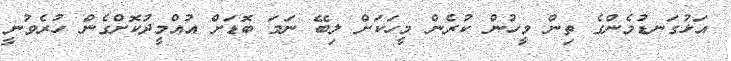
އަޅުގަނޑުމެންގެ ތިން މީހުން ކުރެން މީހަކަށް ލިބޭ ނަމަ ބޮޑަށް އުއްމީދުކޮށްގެން ހުރެވުނީ